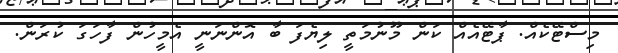
މިސްޓޭކެއް. ޕާޓޭއެއް ކަން މޫނުމަތީ ލިޔެފަ ބާ އޮންނަނީ އެމީހުން ފާހަގަ ކުރަން.